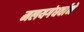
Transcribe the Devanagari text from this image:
मलयगंधर्वाने